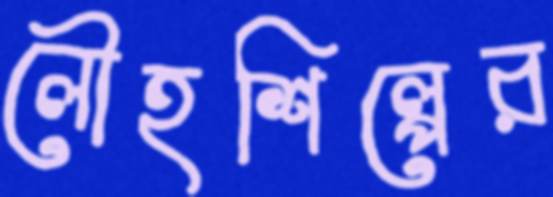
লৌহশিল্পের